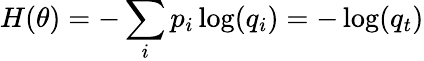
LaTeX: H(\theta)=-\sum_{i}p_{i}\log(q_{i})=-\log(q_{t})